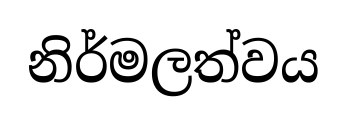
නිර්මලත්වය